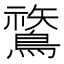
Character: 𪄬